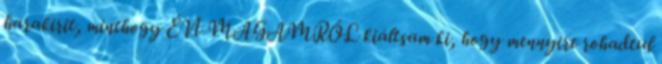
harakirit, minthogy ÉN MAGAMRÓL kiáltsam ki, hogy mennyire rohadtul